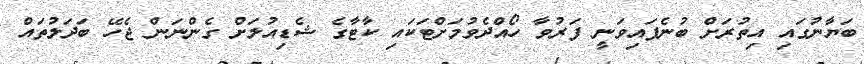
ބަޔާނުގައި އިތުރަށް ބުނެފައިވަނީ ފަރުވާ ހޯއްދެވުމަށްޓަކައި ކާޓާގެ ޝެޑިއުލަށް ގެންނަން ޖެހޭ ބަދަލުތައް